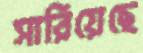
সারিয়েছে